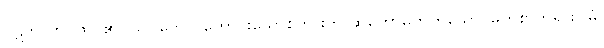
ပဋိဘာတိ၊ ထင်၏။ သုဂတော၊ ကောင်းသောစကားကို ဆိုတော်မူတတ်သော မြတ်စွာဘုရား။ မံ၊